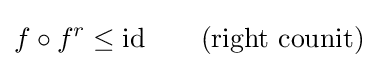
f\circ f^{r}\leq {\mbox{id}}\qquad {\mbox{(right counit)}}